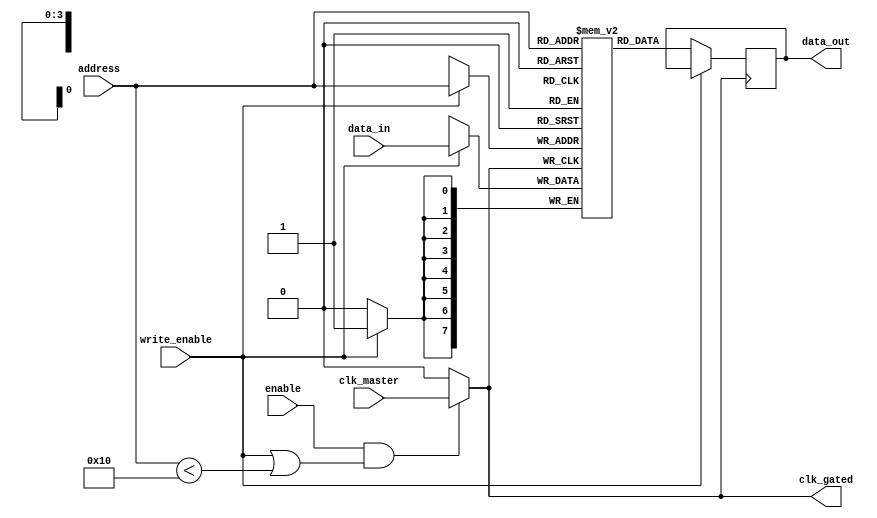
module ConditionalClockGating (
    input wire clk_master,         // Master clock input
    input wire enable,             // Control signal to enable memory block
    input wire [3:0] address,      // Address input for memory access
    input wire write_enable,        // Write enable signal
    input wire [7:0] data_in,      // Data input for writing
    output reg [7:0] data_out,     // Data output for reading
    output wire clk_gated          // Gated clock output
);

// Memory block parameters
parameter MEMORY_SIZE = 16;       // Size of the memory (16x8 bits)
reg [7:0] memory [0:MEMORY_SIZE-1]; // Memory array

// Clock gating logic
reg gated_enable;

// Generate gated clock signal
assign clk_gated = gated_enable ? clk_master : 1'b0;

// Conditional clock gating logic
always @(*) begin
    // Gating logic: Enable gated clock if memory block is active
    gated_enable = enable && (write_enable || (address < MEMORY_SIZE));
end

// Memory operation - synchronous with gated clock
always @(posedge clk_gated) begin
    if (write_enable) begin
        // Write operation
        memory[address] <= data_in;
    end else begin
        // Read operation
        data_out <= memory[address];
    end
end

endmodule